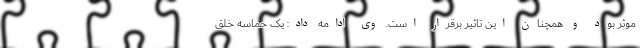
موثر بود و همچنان این تاثیر برقرار است. وی ادامه داد: یک حماسه خلق